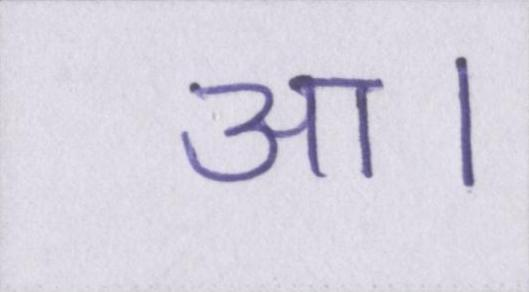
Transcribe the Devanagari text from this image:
आ।